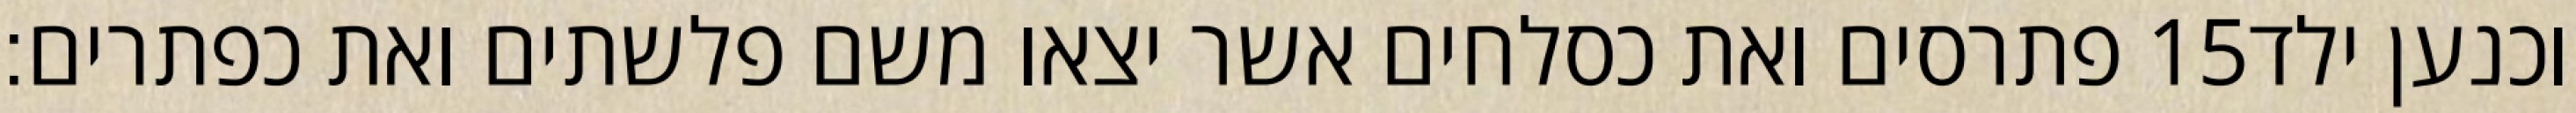
פתרסים ואת כסלחים אשר יצאו משם פלשתים ואת כפתרים׃ ‎15‏ וכנען ילד